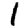
Digit: 1